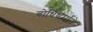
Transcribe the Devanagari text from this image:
बोधिधर्माने